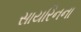
સાયરિનના